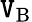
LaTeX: \mathtt{V}_{\mathrm{{{B}}}}